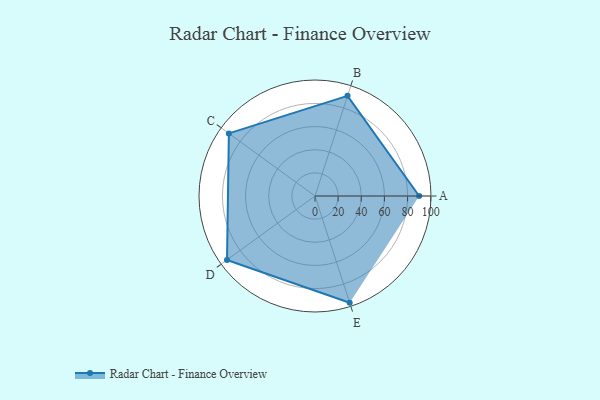
{"axis": {"x": "Skill", "y": "Score"}, "legend": ["Profile"], "data": [{"x": "A", "y": 90.0, "type": "Profile"}, {"x": "B", "y": 91.0, "type": "Profile"}, {"x": "C", "y": 92.0, "type": "Profile"}, {"x": "D", "y": 94.0, "type": "Profile"}, {"x": "E", "y": 97.0, "type": "Profile"}]}